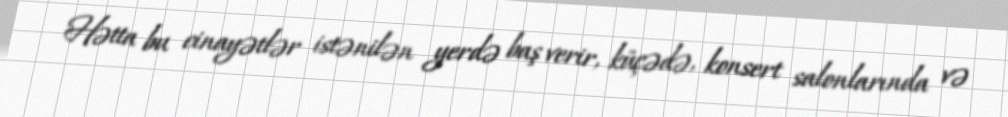
Hətta bu cinayətlər istənilən yerdə baş verir, küçədə, konsert salonlarında və